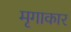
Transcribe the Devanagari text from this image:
मृगाकार